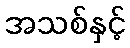
အသစ်နှင့်